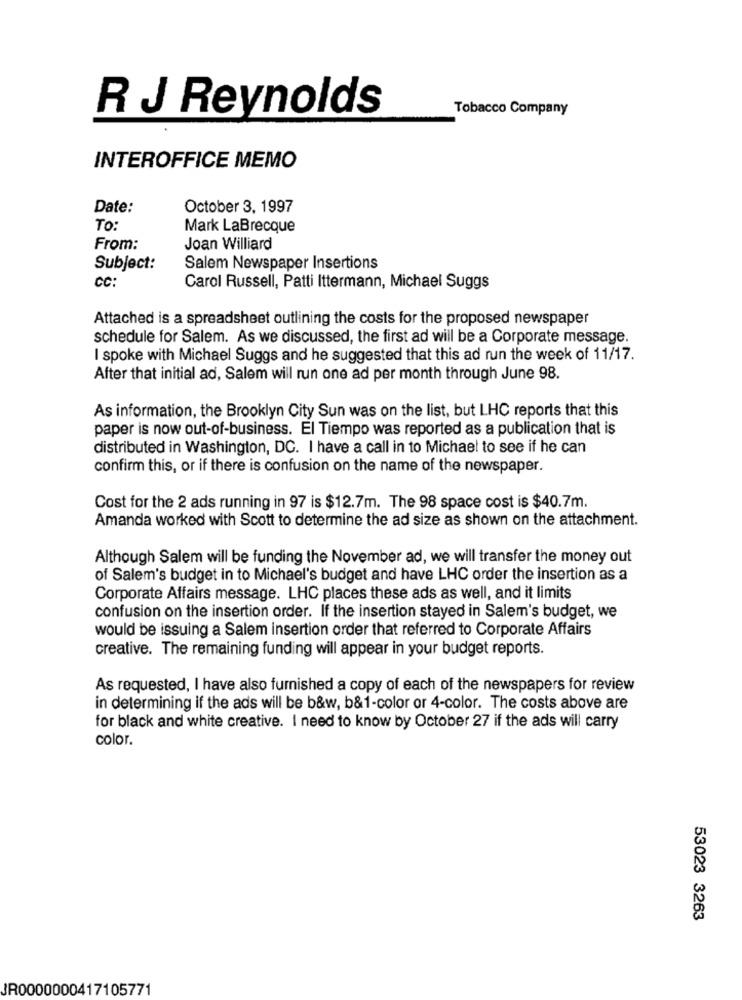
R J Reynolds
Tobacco Company
INTEROFFICE MEMO
Date:
October 3, 1997
To:
Mark LaBrecque
From:
Joan Williard
Subject:
Salem Newspaper Insertions
CC:
Carol Russell, Patti Ittermann, Michael Suggs
Attached is a spreadsheet outlining the costs for the proposed newspaper
schedule for Salem. As we discussed, the first ad will be a Corporate message.
I spoke with Michael Suggs and he suggested that this ad run the week of 11/17.
After that initial ad, Salem will run one ad per month through June 98.
As information, the Brooklyn City Sun was on the list, but LHC reports that this
paper is now out-of-business. El Tiempo was reported as a publication that is
distributed in Washington, DC. I have a call in to Michael to see if he can
confirm this, or if there is confusion on the name of the newspaper.
Cost for the 2 ads running in 97 is $12.7m. The 98 space cost is $40.7m.
Amanda worked with Scott to determine the ad size as shown on the attachment.
Although Salem will be funding the November ad, we will transfer the money out
of Salem's budget in to Michael's budget and have LHC order the insertion as a
Corporate Affairs message. LHC places these ads as well, and it limits
confusion on the insertion order. If the insertion stayed in Salem's budget, we
would be issuing a Salem insertion order that referred to Corporate Affairs
creative. The remaining funding will appear in your budget reports.
As requested, I have also furnished a copy of each of the newspapers for review
in determining if the ads will be b&w, b&1-color or 4-color. The costs above are
for black and white creative. I need to know by October 27 if the ads will carry
color.
53023 3263
JR0000000417105771